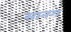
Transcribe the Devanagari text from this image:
सानग